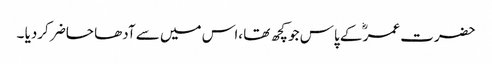
حضرت عمرؓ کے پاس جو کچھ تھا ،اس میں سے آدھا حاضر کردیا ۔